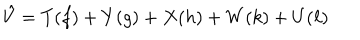
\hat { V } = T ( f ) + Y ( g ) + X ( h ) + W ( k ) + U ( \ell )